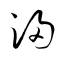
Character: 浸